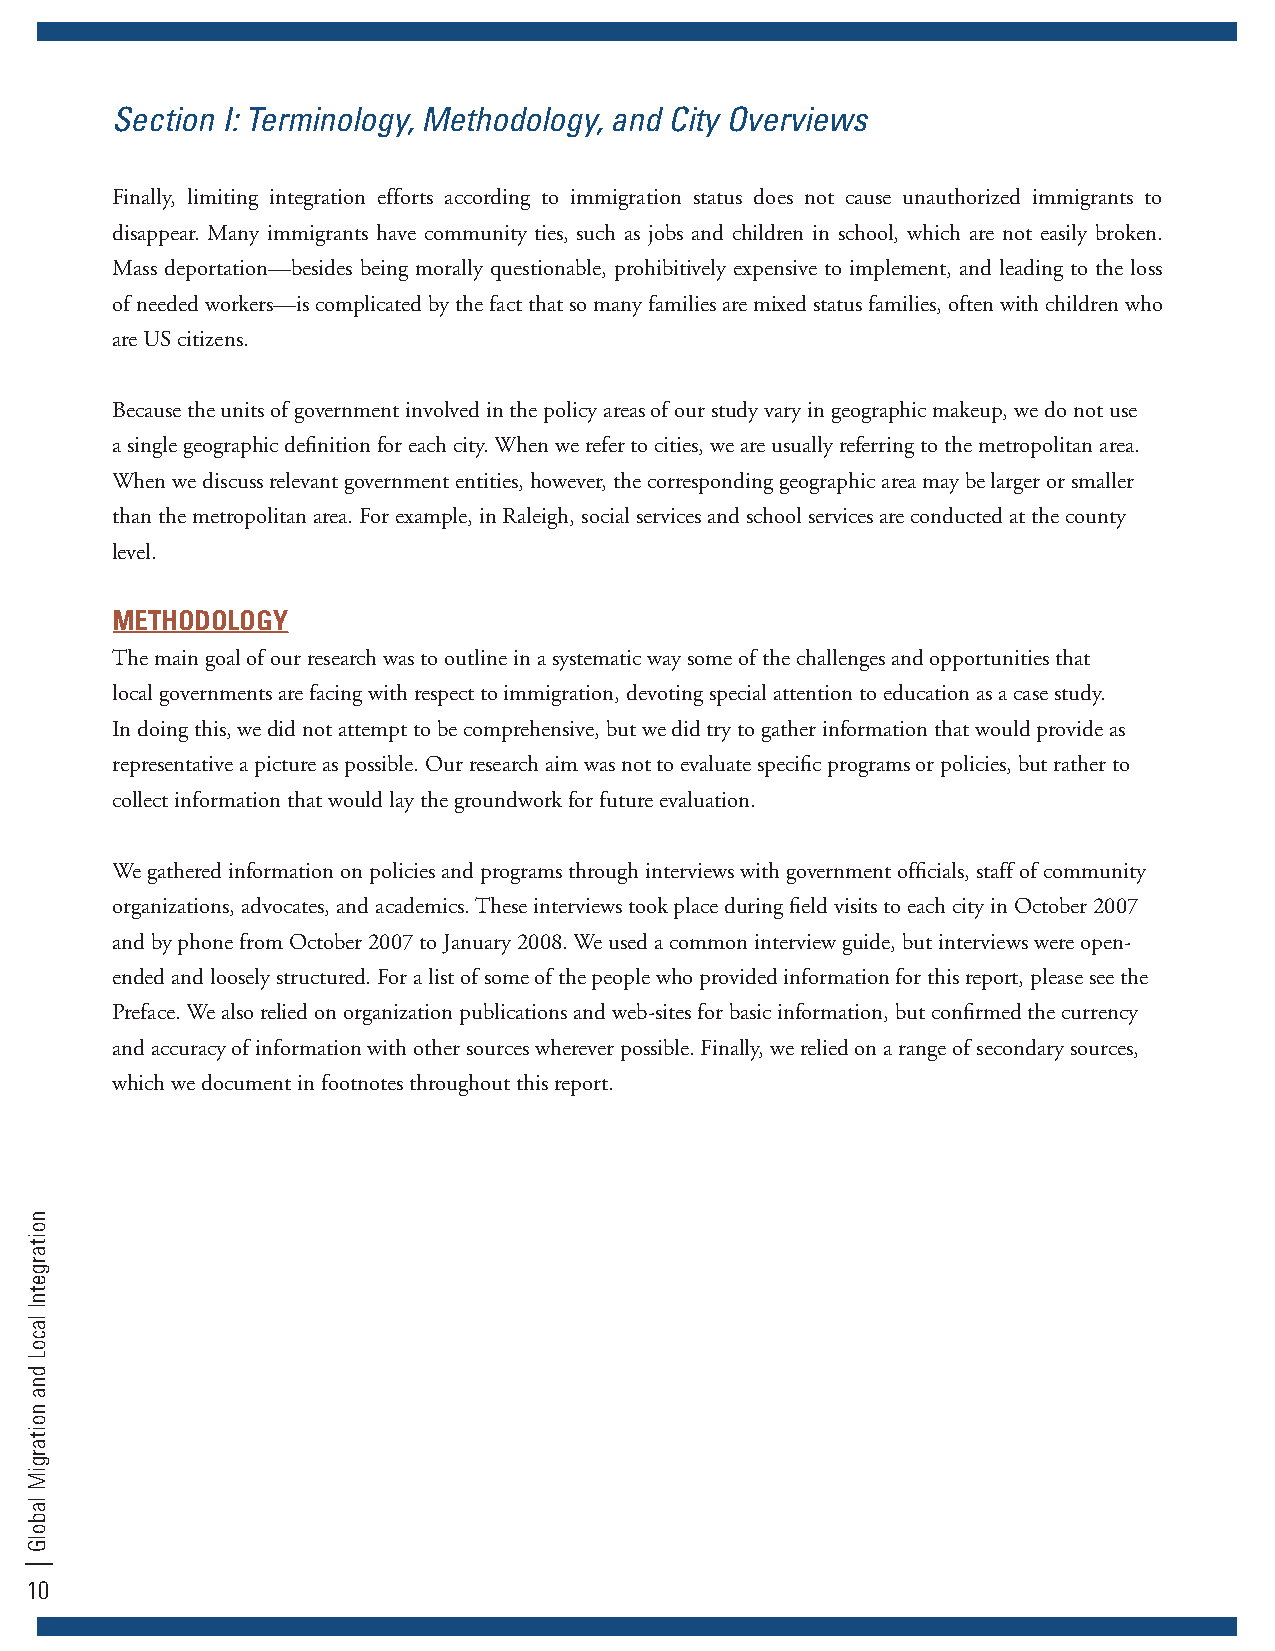
Section I: Terminology, Methodology, and City Overviews
 Finally, limiting integration efforts according to immigration status does not cause unauthorized immigrants to
 disappear. Many immigrants have community ties, such as jobs and children in school, which are not easily broken.
 Mass deportation—besides being morally questionable, prohibitively expensive to implement, and leading to the loss
 of needed workers—is complicated by the fact that so many families are mixed status families, often with children who
 are US citizens.
 Because the units of government involved in the policy areas of our study vary in geographic makeup, we do not use
 a single geographic definition for each city. When we refer to cities, we are usually referring to the metropolitan area.
 When we discuss relevant government entities, however, the corresponding geographic area may be larger or smaller
 than the metropolitan area. For example, in Raleigh, social services and school services are conducted at the county
 level.
 METHODOLOGY
 The main goal of our research was to outline in a systematic way some of the challenges and opportunities that
 local governments are facing with respect to immigration, devoting special attention to education as a case study.
 In doing this, we did not attempt to be comprehensive, but we did try to gather information that would provide as
 representative a picture as possible. Our research aim was not to evaluate specific programs or policies, but rather to
 collect information that would lay the groundwork for future evaluation.
 We gathered information on policies and programs through interviews with government officials, staff of community
 organizations, advocates, and academics. These interviews took place during field visits to each city in October 2007
 and by phone from October 2007 to January 2008. We used a common interview guide, but interviews were open-
 ended and loosely structured. For a list of some of the people who provided information for this report, please see the
 Preface. We also relied on organization publications and web-sites for basic information, but confirmed the currency
 and accuracy of information with other sources wherever possible. Finally, we relied on a range of secondary sources,
 which we document in footnotes throughout this report.
 10
 noitargetnI
 lacoL
 dna
 noitargiM
 labolG